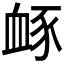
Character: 𧖹